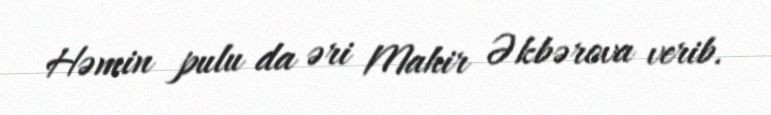
Həmin pulu da əri Mahir Əkbərova verib.